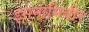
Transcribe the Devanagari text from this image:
झानामिवीर